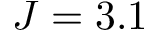
J = 3 . 1